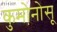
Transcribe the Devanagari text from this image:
कुमोनोसू